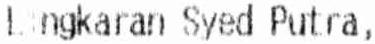
LINGKARAN SYED PUTRA,